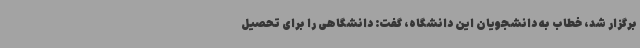
برگزار شد، خطاب به دانشجویان این دانشگاه، گفت: دانشگاهی را برای تحصیل